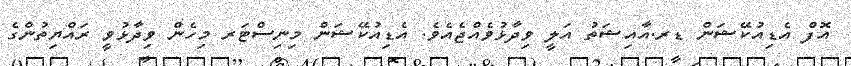
އޮފް އެޑިއުކޭޝަން ޑރ.އާއިޝަތު އަލީ ވިދާޅުވެއްޖެއެެވެ. އެޑިއުކޭޝަން މިނިސްޓަރ މިހެން ވިދާޅުވީ ރައްޔިތުންގެ